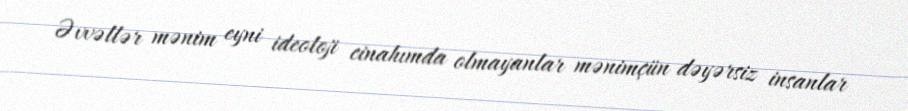
Əvvəllər mənim eyni ideoloji cinahımda olmayanlar mənimçün dəyərsiz insanlar